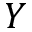
Y